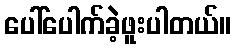
ပေါ်ပေါက်ခဲ့ဖူးပါတယ်။